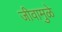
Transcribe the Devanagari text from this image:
जीवामुळे